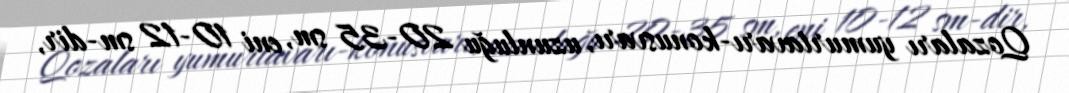
Qozaları yumurtavarı-konusvarı, uzunluğu 20-35 sm, eni 10-12 sm-dir,